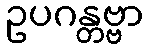
ဥပဂန္တဗ္ဗာ